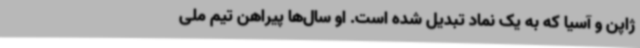
ژاپن و آسیا که به یک نماد تبدیل شده است. او سال‌ها پیراهن تیم ملی